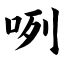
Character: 咧